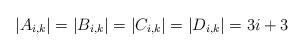
LaTeX: \begin{align*}|A_{i,k}| = |B_{i,k}| = |C_{i,k}| = |D_{i,k}| = 3 i +3\end{align*}